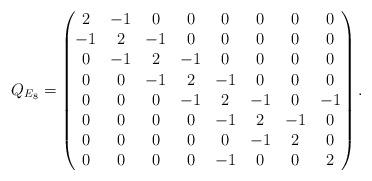
LaTeX: \begin{align*}Q_{E_8} =\begin{pmatrix} 2 & -1 & 0 & 0 & 0 & 0 & 0 & 0 \\-1 & 2 & -1& 0 & 0 & 0 & 0 & 0 \\ 0 & -1 & 2 & -1 & 0 & 0 & 0 & 0 \\ 0 & 0 & -1 & 2 & -1 & 0 & 0 & 0 \\ 0 & 0 & 0 & -1 & 2 & -1 & 0 & -1 \\ 0 & 0 & 0 & 0 & -1 & 2 & -1 & 0 \\ 0 & 0 & 0 & 0 & 0 & -1 & 2 & 0 \\ 0 & 0 & 0 & 0 & -1 & 0 & 0 & 2\end{pmatrix}.\end{align*}